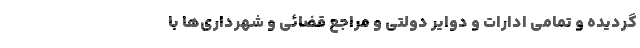
گردیده و تمامی ادارات و دوایر دولتی و مراجع قضائی و شهرداری‌ها با